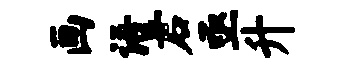
画语君亟升